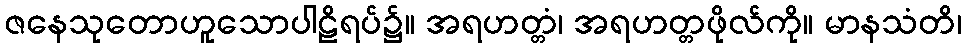
ဇနေသုတောဟူသောပါဠိရပ်၌။ အရဟတ္တံ၊ အရဟတ္တဖိုလ်ကို။ မာနသံတိ၊